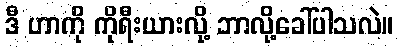
ဒီ ဟာကို ကိုရီးယားလို့ ဘာလို့ခေါ်ပါသလဲ။